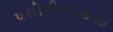
પચીમીરપાકયા